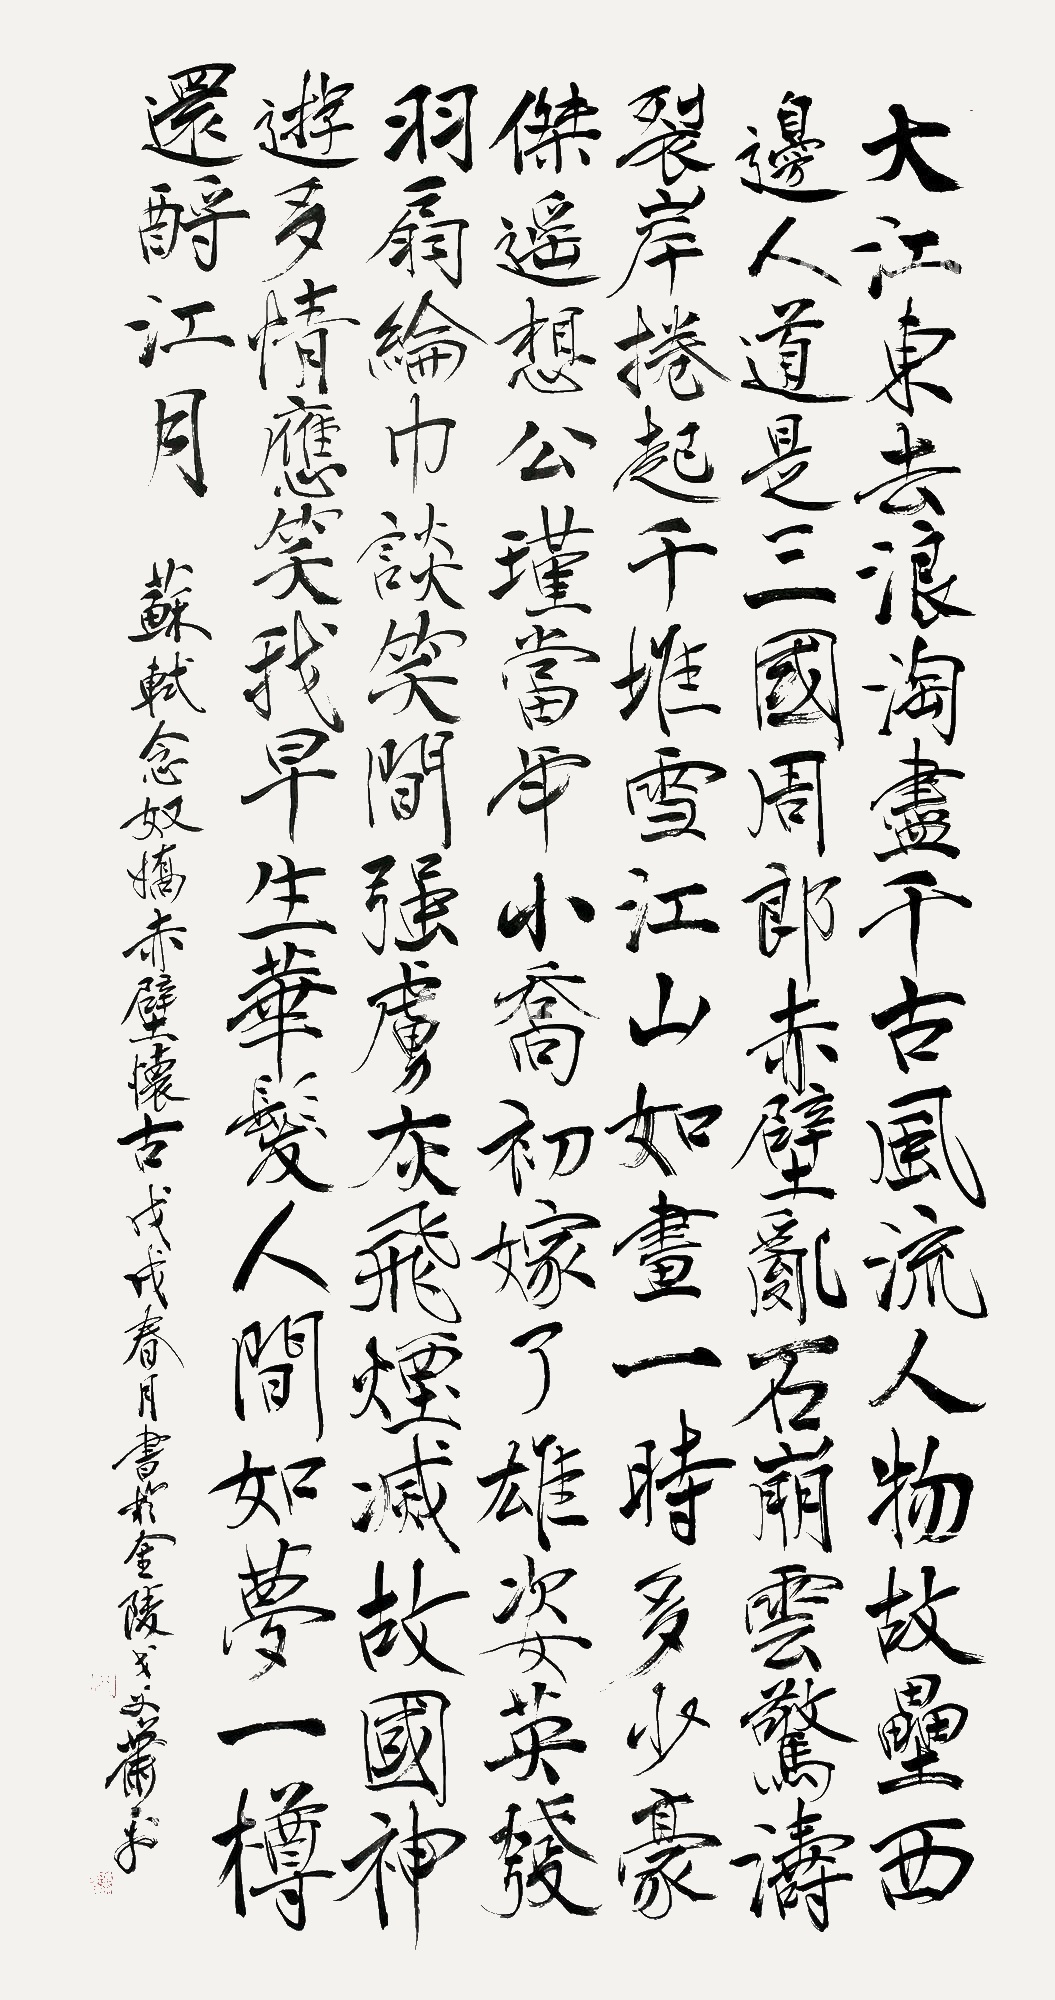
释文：大江东去，浪淘尽，千古风流人物。故垒西边，人道是，三国周郎赤壁。乱石穿空，惊涛拍岸，卷起千堆雪。江山如画，一时多少豪杰。遥想公瑾当年，小乔初嫁了，雄姿英发。羽扇纶巾，谈笑间樯橹灰飞烟灭。故国神游，多情应笑我，早生华发。人生如梦，一樽还酹江月。苏轼念奴娇赤壁怀古，戊戌春月书于金陵戈父萧平。